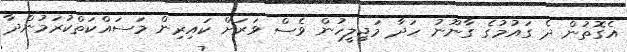
އެގޮތުން ދެ ގައުމުގެ ގާނޫނު ހަދާ މަޖިލީހުން ވެސް ވަރަށް ކައިރިން މަސައްކަތްކުރަމުންދާ